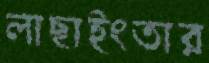
লাছাইংতার